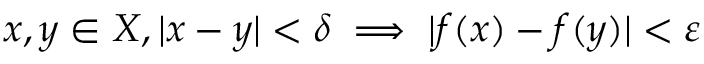
x , y \in X , | x - y | < \delta \implies | f ( x ) - f ( y ) | < \varepsilon